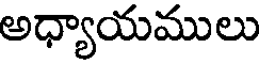
అధ్యాయములు